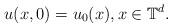
LaTeX: \begin{align*}u(x,0)=u_{0}(x),x\in {\mathbb{T}}^d.\end{align*}